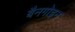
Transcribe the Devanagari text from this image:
बैनगोइन